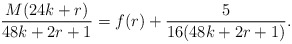
\begin{align*}\frac{M(24k+r)}{48k+2r+1} = f(r)+\frac{5}{16(48k+2r+1)}. \end{align*}